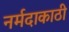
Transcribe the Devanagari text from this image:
नर्मदाकाठी